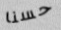
حسنا